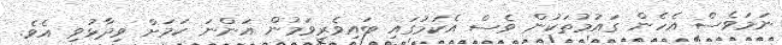
ނަމަވެސް އެހެން ގައުމުތަކުން ވެސް އެކަމުގައި ބައިވެރިވަމުން އަންނަ ކަމަށް ވިދާޅުވި އެވެ.